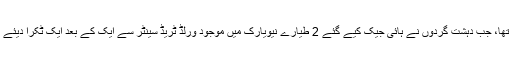
11 ستمبر 2001 کا سورج امریکا کے لیے قیامت بن کر ابھرا تھا، جب دہشت گردوں نے ہائی جیک کیے گئے 2 طیارے نیویارک میں موجود ورلڈ ٹریڈ سینٹر سے ایک کے بعد ایک ٹکرا دیئے اور دنیا کی بلند ترین عمارت منٹوں میں زمین بوس کر دی تھی۔